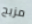
مزيج